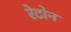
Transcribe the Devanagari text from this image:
रेटोन